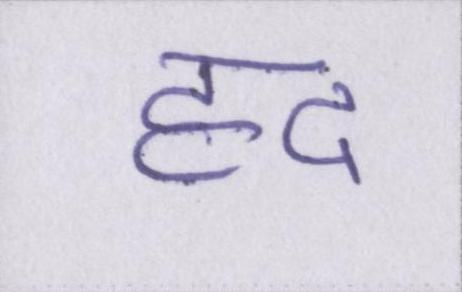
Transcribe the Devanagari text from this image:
हद